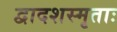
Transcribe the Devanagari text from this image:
द्वादशस्मृताः